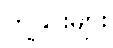
ကျွဲနွားများ